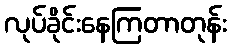
လုပ်ခိုင်းနေကြတာတုန်း